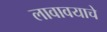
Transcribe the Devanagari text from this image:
लावावयाचे